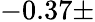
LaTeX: -0.37\pm